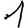
Digit: 1